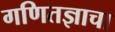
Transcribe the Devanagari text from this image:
गणितज्ञाचा